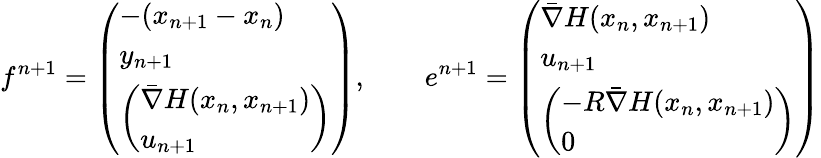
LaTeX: f^{n+1}=\left(\begin{array}{l}{-(x_{n+1}-x_{n})}\\ {y_{n+1}}\\ {\left(\begin{array}{l}{\bar{\nabla}H(x_{n},x_{n+1})}\\ {u_{n+1}}\end{array}\right)}\end{array}\right),\qquad e^{n+1}=\left(\begin{array}{l}{\bar{\nabla}H(x_{n},x_{n+1})}\\ {u_{n+1}}\\ {\left(\begin{array}{l}{-R\bar{\nabla}H(x_{n},x_{n+1})}\\ {0}\end{array}\right)}\end{array}\right)